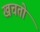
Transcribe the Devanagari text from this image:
खचतो